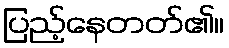
ပြည့်နေတတ်၏။